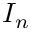
I _ { n }